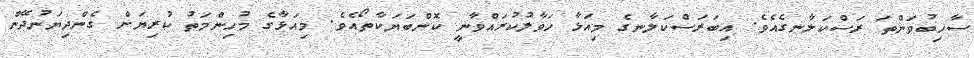
ސާހިބުވަންތަ ރަސްކަލާނގެއެވެ. އިބަރަސްކަލާނގެ މިއަޅާ ހަވާލުކުރައްވާނީ ކޮންބަޔަކާތޯއެވެ. މިއަޅާގެ މުހިންމަތު ކުރިޔަށް ގެންދިޔަނުދޭން